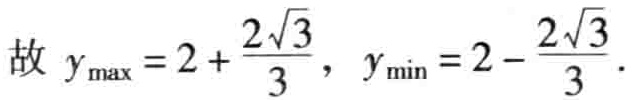
故 \(y_{\max}=2+\frac{2\sqrt{3}}{3},\ y_{\min}=2 - \frac{2\sqrt{3}}{3}\).